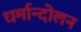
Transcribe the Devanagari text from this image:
धर्मान्दोलन